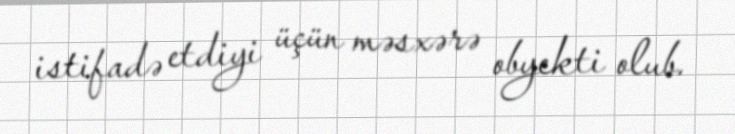
istifadə etdiyi üçün məsxərə obyekti olub.